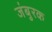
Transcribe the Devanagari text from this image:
जंबुरक